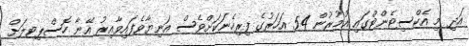
އަދި މި އެކްސިޓެންޓްގައި އުމުރުން 54 އަހަރުގެ ފިރިހެނަކަށްވެސް އަނިޔާވެފައިވާއިރު އޭނާ ހޮސްޕިޓލަށް